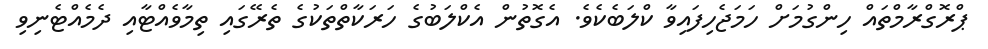
ޕްރޮގްރާމްތައް ހިންގުމަށް ހަމަޖެހިފައިވާ ކްލަބެކެވެ. އެގޮތުން އެކްލަބުގެ ހަރަކާތްތަކުގެ ތެރޭގައި ތިމާވެއްޓާއި ދެމެއްޓެނިވި